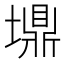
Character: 䵺